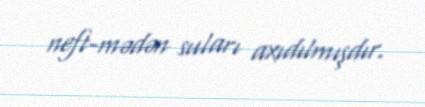
neft-mədən suları axıdılmışdır.